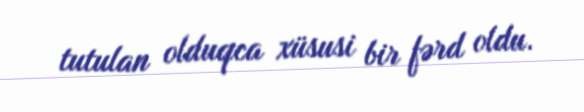
tutulan olduqca xüsusi bir fərd oldu.